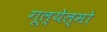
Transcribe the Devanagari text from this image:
गूल्येल्मो